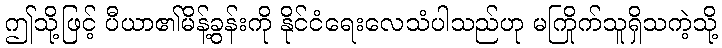
ဤသို့ဖြင့် ပီယာ၏မိန့်ခွန်းကို နိုင်ငံရေးလေသံပါသည်ဟု မကြိုက်သူရှိသကဲ့သို့